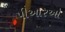
પીઆરઓ